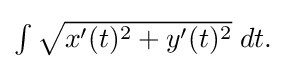
{\textstyle \int {\sqrt {x'(t)^{2}+y'(t)^{2}}}\;dt.}